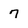
Character: 7